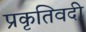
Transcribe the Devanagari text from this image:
प्रकृतिवदी